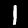
Digit: 1